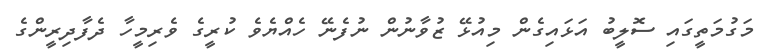
މަގުމަތީގައި ސޮލީބު އަޅައިގެން މިއުޅޭ ޒުވާނުން ނުފެނޭ ހެއްޔެވެ ކުރީގެ ވެރިމީހާ ދެފާދިރީންގެ